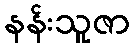
နန်းသူဇာ